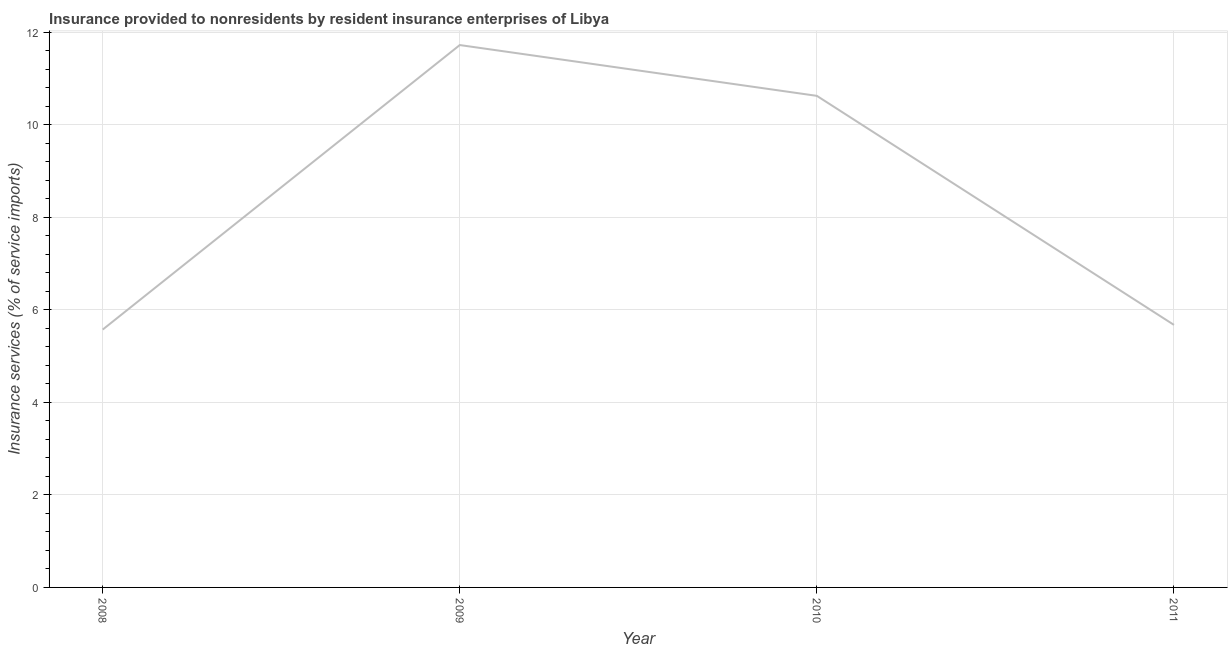
| Year | Insurance and financial services |
 | --- | --- |
 | 2008 | 5.57 |
 | 2009 | 11.7 |
 | 2010 | 10.6 |
 | 2011 | 5.67 |